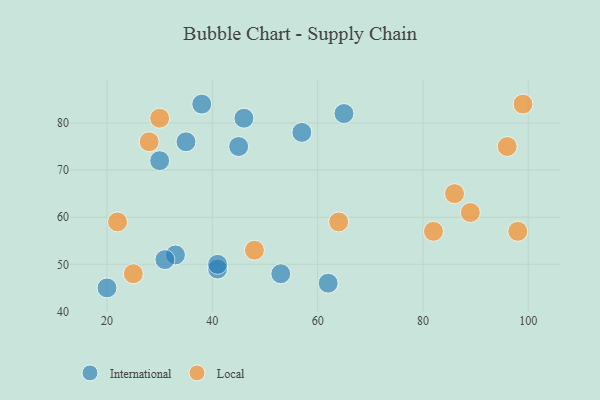
{"axis": {"x": "GDP", "y": "Life Expectancy"}, "legend": ["International", "Local"], "data": [{"x": "20", "y": 45, "type": "International"}, {"x": "35", "y": 76, "type": "International"}, {"x": "30", "y": 72, "type": "International"}, {"x": "33", "y": 52, "type": "International"}, {"x": "38", "y": 84, "type": "International"}, {"x": "65", "y": 82, "type": "International"}, {"x": "62", "y": 46, "type": "International"}, {"x": "57", "y": 78, "type": "International"}, {"x": "41", "y": 49, "type": "International"}, {"x": "41", "y": 50, "type": "International"}, {"x": "46", "y": 81, "type": "International"}, {"x": "45", "y": 75, "type": "International"}, {"x": "31", "y": 51, "type": "International"}, {"x": "53", "y": 48, "type": "International"}, {"x": "98", "y": 57, "type": "Local"}, {"x": "99", "y": 84, "type": "Local"}, {"x": "25", "y": 48, "type": "Local"}, {"x": "30", "y": 81, "type": "Local"}, {"x": "89", "y": 61, "type": "Local"}, {"x": "96", "y": 75, "type": "Local"}, {"x": "64", "y": 59, "type": "Local"}, {"x": "82", "y": 57, "type": "Local"}, {"x": "22", "y": 59, "type": "Local"}, {"x": "28", "y": 76, "type": "Local"}, {"x": "48", "y": 53, "type": "Local"}, {"x": "86", "y": 65, "type": "Local"}]}